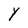
Character: Y